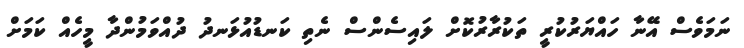
ނަމަވެސް އޭނާ ހައްޔަރުކުރީ ތަކުރާރުކޮށް ލައިސެންސް ނެތި ކަނޑުއުޅަނދު ދުއްވަމުންދާ މީހެއް ކަމަށް